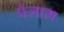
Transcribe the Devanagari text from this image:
पैजाम